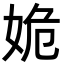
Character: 姽